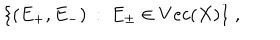
\{ ( E _ { + } , E _ { - } ) \: : \: E _ { \pm } \in V e c ( X ) \} \; ,